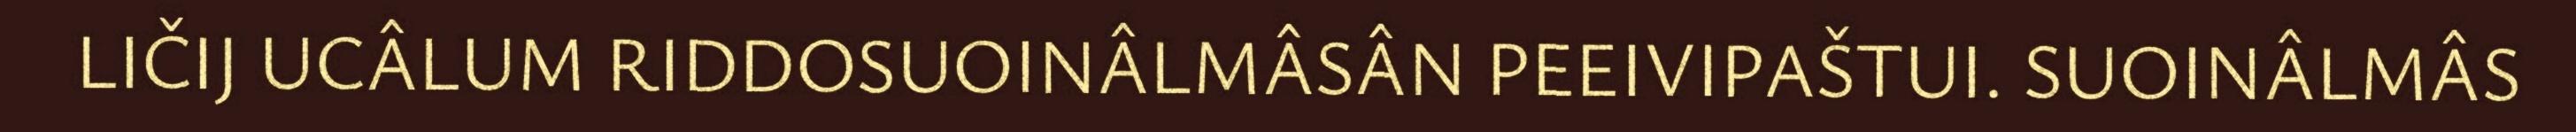
LIČIJ UCÂLUM RIDDOSUOINÂLMÂSÂN PEEIVIPAŠTUI. SUOINÂLMÂS